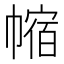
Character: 𪩻